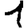
Digit: 1